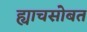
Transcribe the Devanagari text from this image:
ह्याचसोबत